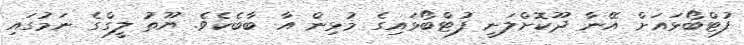
ފުޓްބޯޅައަށް އޭނާ ދޫކޮށްލަނީ ފުޓްބޯޅައިގެ މުޅިން އާ ބާބެކެވެ. ޔޫތު ލީގްގެ ނަމުގައި